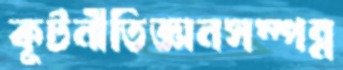
কূটনীতিজ্ঞানসম্পন্ন